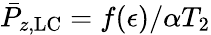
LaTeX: \bar{P}_{z,\mathrm{LC}}=f(\epsilon)/\alpha T_{2}